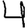
Digit: 4